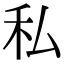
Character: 私